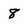
Character: 8